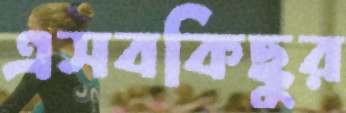
এসবকিছুর